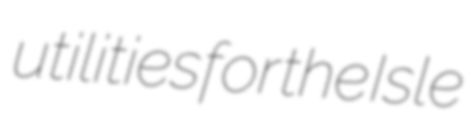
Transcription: utilities for the Isle